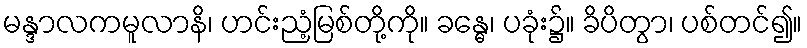
မန္ဒာလကမူလာနိ၊ ဟင်းညံ့မြစ်တို့ကို။ ခန္ဓေ၊ ပခုံး၌။ ခိပိတွာ၊ ပစ်တင်၍။